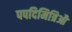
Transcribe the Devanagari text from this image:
पपदिमित्रिऔ